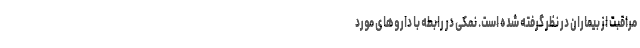
مراقبت از بیماران در نظر گرفته شده است. نمکی در رابطه با داروهای مورد